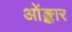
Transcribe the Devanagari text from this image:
ओंङ्कार